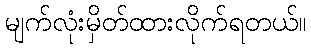
မျက်လုံးမှိတ်ထားလိုက်ရတယ်။